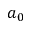
a _ { 0 }